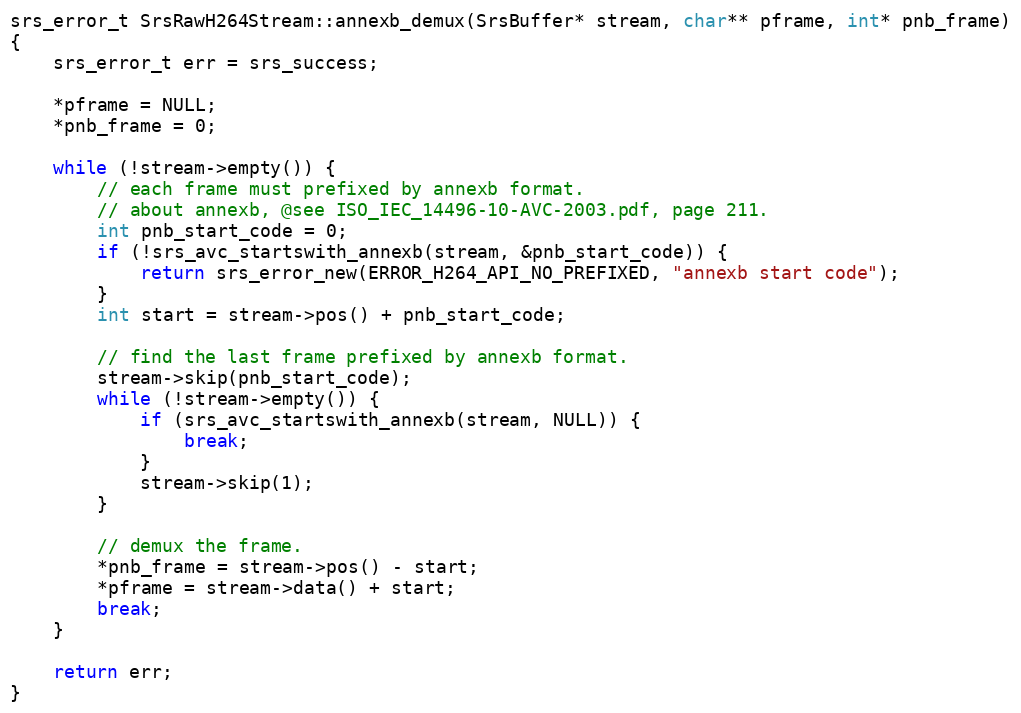
Language: C++
srs_error_t SrsRawH264Stream::annexb_demux(SrsBuffer* stream, char** pframe, int* pnb_frame)
{
    srs_error_t err = srs_success;

    *pframe = NULL;
    *pnb_frame = 0;

    while (!stream->empty()) {
        // each frame must prefixed by annexb format.
        // about annexb, @see ISO_IEC_14496-10-AVC-2003.pdf, page 211.
        int pnb_start_code = 0;
        if (!srs_avc_startswith_annexb(stream, &pnb_start_code)) {
            return srs_error_new(ERROR_H264_API_NO_PREFIXED, "annexb start code");
        }
        int start = stream->pos() + pnb_start_code;

        // find the last frame prefixed by annexb format.
        stream->skip(pnb_start_code);
        while (!stream->empty()) {
            if (srs_avc_startswith_annexb(stream, NULL)) {
                break;
            }
            stream->skip(1);
        }

        // demux the frame.
        *pnb_frame = stream->pos() - start;
        *pframe = stream->data() + start;
        break;
    }

    return err;
}